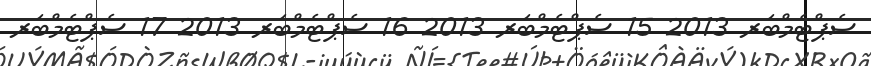
ސެޕްޓެމްބަރ 2013 15 ސެޕްޓެމްބަރ 2013 16 ސެޕްޓެމްބަރ 2013 17 ސެޕްޓެމްބަރ